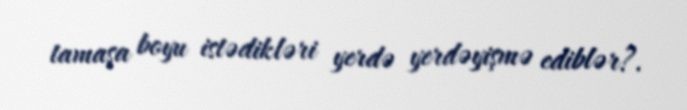
tamaşa boyu istədikləri yerdə yerdəyişmə ediblər?.